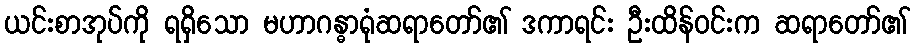
ယင်းစာအုပ်ကို ရရှိသော မဟာဂန္ဓာရုံဆရာတော်၏ ဒကာရင်း ဦးထိန်ဝင်းက ဆရာတော်၏